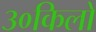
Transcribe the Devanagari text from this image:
३०किलो